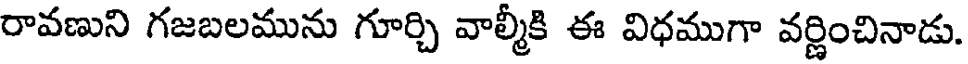
రావణుని గజబలమును గూర్చి వాల్మీకి ఈ విధముగా వర్ణించినాడు.